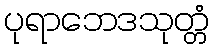
ပုရာဘေဒသုတ္တံ